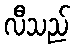
လီသည်